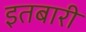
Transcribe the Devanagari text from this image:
इतबारी